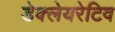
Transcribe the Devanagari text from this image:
डेक्लेयरेटिव